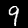
Label: 9